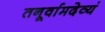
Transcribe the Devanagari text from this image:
तनूर्वामदेव्यं